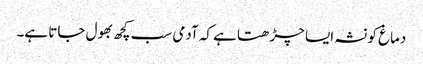
دماغ کو نشہ ایسا چڑھتا ہے کہ آدمی سب کچھ بھول جاتا ہے۔